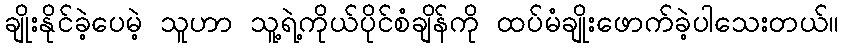
ချိုးနိုင်ခဲ့ပေမဲ့ သူဟာ သူ့ရဲ့ကိုယ်ပိုင်စံချိန်ကို ထပ်မံချိုးဖောက်ခဲ့ပါသေးတယ်။